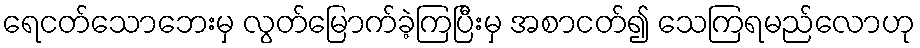
ရေငတ်သောဘေးမှ လွတ်မြောက်ခဲ့ကြပြီးမှ အစာငတ်၍ သေကြရမည်လောဟု